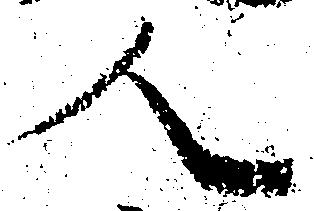
人